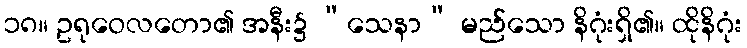
၁၈။ ဥရုဝေလတော၏ အနီး၌ “သေနာ” မည်သော နိဂုံးရှိ၏။ ထိုနိဂုံး